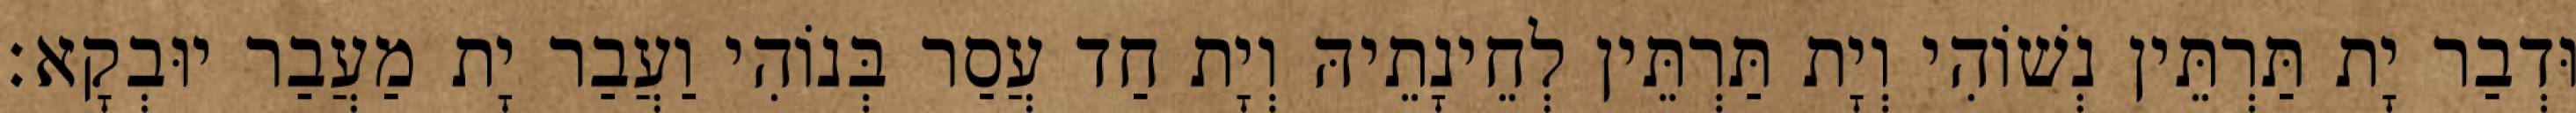
וּדְבַר יָת תַּרְתֵּין נְשׁוֹהִי וְיָת תַּרְתֵּין לְחֵינָתֵיהּ וְיָת חַד עֲסַר בְּנוֹהִי וַעֲבַר יָת מַעֲבַר יוּבְקָא׃